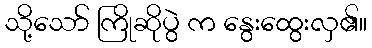
သို့သော် ကြိုဆိုပွဲ က နွေးထွေးလှ၏။